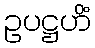
ဥပဋ္ဌဟိံ